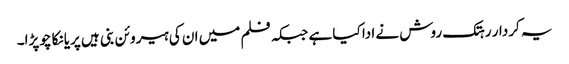
یہ کردار رہتک روش نے ادا کیا ہے جبکہ فلم میں ان کی ہیروئن بنی ہیں پریانکا چوپڑا۔